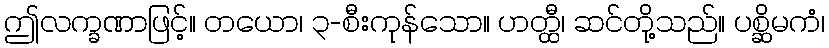
ဤလက္ခဏာဖြင့်။ တယော၊ ၃-စီးကုန်သော။ ဟတ္ထီ၊ ဆင်တို့သည်။ ပစ္ဆိမကံ၊